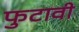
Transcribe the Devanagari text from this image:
फुटावी